Vaccination in Bombay 1874-1876 - 1874-1876
Year: 1874
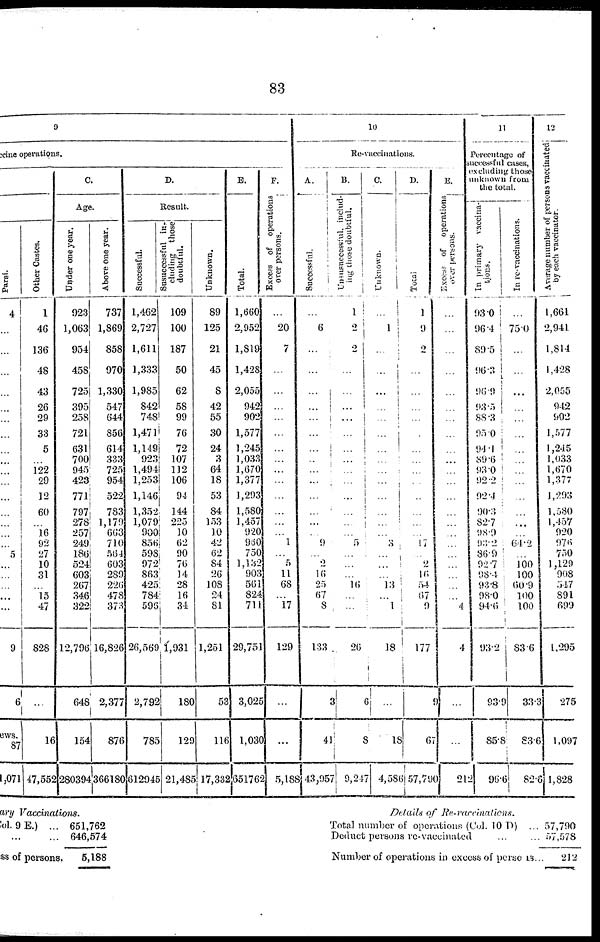
83
9
cine operations.
Parsi.
4
...
...
...
...
...
...
...
...
...
...
...
...
...
...
...
...
5
...
...
...
...
...
9
6
ews.
87
1,071
Other Castes.
1
46
136
48
43
26
29
33
5
...
122
29
12
60
...
16
92
27
10
31
...
15
47
828
...
16
47,552
C.
Age.
Under one year.
923
1,063
954
458
725
395
258
721
631
700
945
423
771
797
278
257
249
186
524
603
267
346
322
12,796
648
154
280394
Above one year.
737
1,869
858
970
1,330
547
644
856
614
333
725
954
522
783
1,179
663
710
564
603
289
226
478
373
16,826
2,377
876
366180
D.
Result.
Successful.
1,462
2,727
1,611
1,333
1,985
842
748
1,471
1,149
923
1,494
1,253
1,146
1,352
1,079
900
856
598
972
863
425
784
593
26,569
2,792
785
612945
Susuccessful in-
cluding those
doubtful.
109
100
187
50
62
58
99
76
72
107
112
106
94
144
225
10
62
90
76
14
28
16
34
1,931
180
129
21,485
Unknown.
89
125
21
45
8
42
55
30
24
3
64
18
53
84
153
10
42
62
84
26
108
24
81
1,251
53
116
17,332
E.
Total.
1,660
2,952
1,810
1,428
2,055
942
902
1,577
1,245
1,033
1,670
1,377
1,293
1,580
1,457
920
960
750
1,132
903
561
824
711
29,751
3,025
1,030
651762
F.
Excess of operations
over persons.
...
20
7
...
...
...
...
...
...
...
...
...
...
...
...
...
1
...
5
11
68
...
17
129
...
...
5,188
10
Re-vaccinations.
A.
Successful.
...
6
...
...
...
...
...
...
...
...
...
...
...
...
...
...
9
...
2
16
25
67
8
133
3
41
43,957
B.
Unsusuccessful includ-
ing chose doubtful.
1
2
2
...
...
...
...
...
...
...
...
...
...
...
...
...
5
...
...
...
16
...
...
26
6
8
9,247
C.
Unknown.
...
1
...
...
...
...
...
...
...
...
...
...
...
...
...
...
3
...
...
...
13
...
1
18
...
18
4,586
D.
Total
1
9
2
...
...
...
...
...
...
...
...
...
...
...
...
...
17
...
2
16
54
67
9
177
9
67
57,790
E.
Excess of operations
over persons.
...
...
...
...
...
...
...
...
...
...
...
...
...
...
...
...
...
...
...
...
...
...
4
4
...
...
212
11
Percentage of
successful cases,
excluding those
unknown from
the total.
In primary vaccina¬
tions.
93.0
96.4
89.5
96.3
96.9
93.5
88.3
95.0
94.1
80.6
93.0
92.2
92.4
90.3
82.7
98.9
93.2
86.9
92.7
98.4
93.8
98.0
94.6
93.2
93.9
85.8
96.6
In re-vaccinations.
...
75.0
...
...
...
...
...
...
...
...
...
...
...
...
...
...
64.2
...
100
100
60.9
100
100
83.6
33.3
83.6
82.6
12
Average number of persons vaccinated
by each vaccinator.
1,661
2,941
1,814
1,428
2,055
942
902
1,577
1,245
1,033
1,670
1,377
1,293
1,580
1,457
920
976
750
1,129
908
547
891
699
1,295
275
1,097
1,828
ary Vaccinations.
Col. 9 E.) ...
... ...
ss of persons.
651,762
646,574
5,188
Details of Re-vaccinations.
Total number of operations (Col. 10 D) ...
Deduct persons re-vaccinated ... ...
Number of operations in excess of persons..
57,790
57,578
212